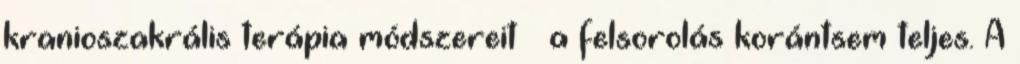
kranioszakrális terápia módszereit  a felsorolás korántsem teljes. A